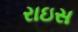
રાઇસ